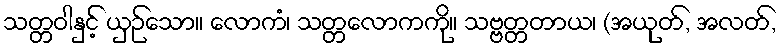
သတ္တဝါနှင့် ယှဉ်သော။ လောကံ၊ သတ္တလောကကို။ သဗ္ဗတ္တတာယ၊ (အယုတ်, အလတ်,